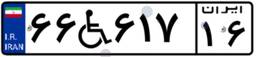
۶۶W۶۱۷۱۶